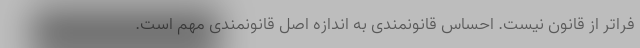
فراتر از قانون نیست. احساس قانونمندی به اندازه اصل قانونمندی مهم است.